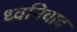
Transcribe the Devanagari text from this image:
ध्वनिवाद